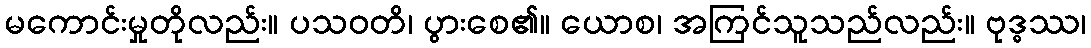
မကောင်းမှုတိုလည်း။ ပသဝတိ၊ ပွားစေ၏။ ယောစ၊ အကြင်သူသည်လည်း။ ဗုဒ္ဓဿ၊